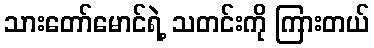
သားတော်မောင်ရဲ့ သတင်းကို ကြားတယ်